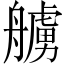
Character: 艣